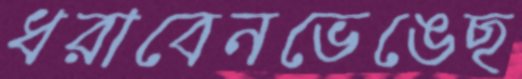
ধরাবেনভেঙেছ